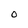
Character: O